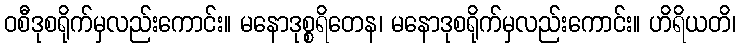
ဝစီဒုစရိုက်မှလည်းကောင်း။ မနောဒုစ္စရိတေန၊ မနောဒုစရိုက်မှလည်းကောင်း။ ဟိရိယတိ၊